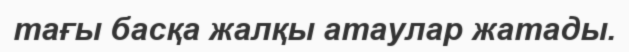
тағы басқа жалқы атаулар жатады.